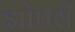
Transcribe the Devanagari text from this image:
झोपरी